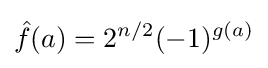
{\hat {f}}(a)=2^{n/2}(-1)^{g(a)}